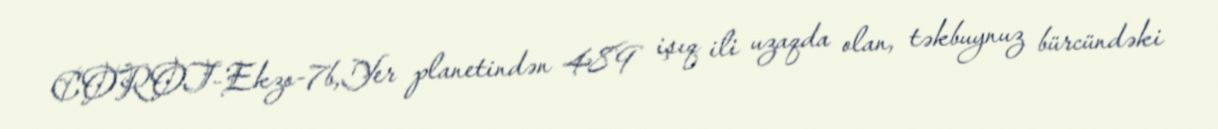
COROT-Ekzo-7b,Yer planetindən 489 işıq ili uzaqda olan, təkbuynuz bürcündəki